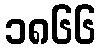
၁၈၆၆